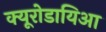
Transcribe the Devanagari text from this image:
क्यूरोडायिआ